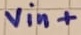
Text: vin+